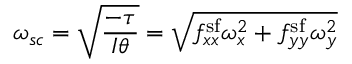
\omega _ { s c } = \sqrt { \frac { - \tau } { I \theta } } = \sqrt { f _ { x x } ^ { \mathrm { s f } } \omega _ { x } ^ { 2 } + f _ { y y } ^ { \mathrm { s f } } \omega _ { y } ^ { 2 } }